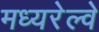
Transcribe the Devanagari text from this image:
मध्यरेल्वे